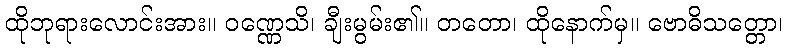
ထိုဘုရားလောင်းအား။ ဝဏ္ဏေသိ၊ ချီးမွမ်း၏။ တတော၊ ထိုနောက်မှ။ ဗောဓိသတ္တော၊